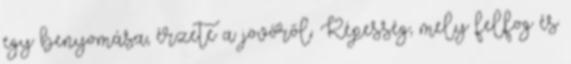
egy benyomása, érzete a jövőről. Képesség, mely felfog és